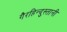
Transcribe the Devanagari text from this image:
गैरहिन्दुस्तानी